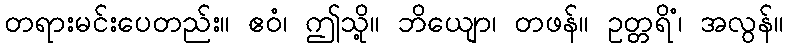
တရားမင်းပေတည်း။ ဧဝံ၊ ဤသို့။ ဘိယျော၊ တဖန်။ ဥတ္တရိံ၊ အလွန်။